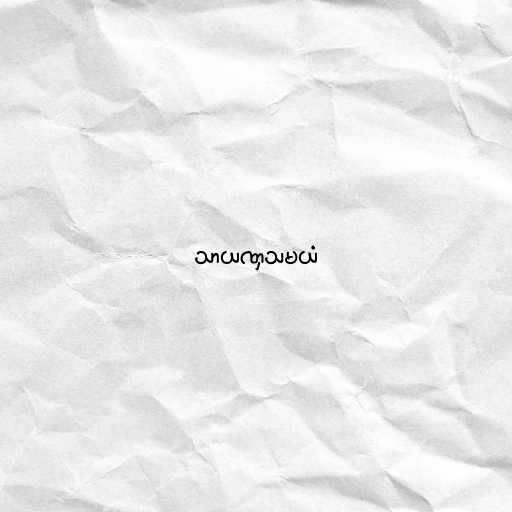
သာယဏှသမယံ